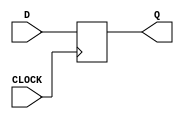
`timescale 1ns / 1ps
//////////////////////////////////////////////////////////////////////////////////
// Company: 
// Engineer: 
// 
// Design Name: 
// Module Name: my_dff
// Project Name: 
// Target Devices: 
// Tool Versions: 
// Description: 
// 
// Dependencies: 
// 
// Revision:
// Revision 0.01 - File Created
// Additional Comments:
// 
//////////////////////////////////////////////////////////////////////////////////


module my_dff(
    input CLOCK,
    input D,
    output reg Q
    );
    
    always @ (posedge CLOCK) begin
      Q <= D;
    end
    
endmodule